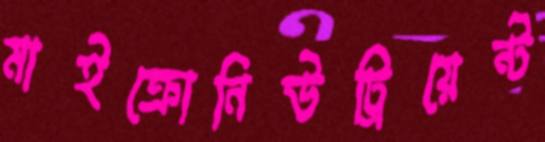
মাইক্রোনিউট্রিয়েন্ট